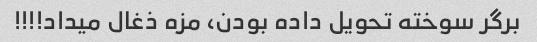
برگر سوخته تحویل داده بودن، مزه ذغال میداد!!!!